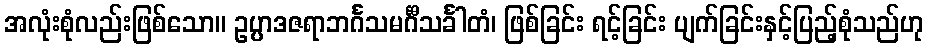
အလုံးစုံလည်းဖြစ်သော။ ဥပ္ပာဒဇရာဘင်္ဂသမင်္ဂီသင်္ခါတံ၊ ဖြစ်ခြင်း ရင့်ခြင်း ပျက်ခြင်းနှင့်ပြည့်စုံသည်ဟု